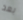
بعد